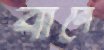
বার্নে